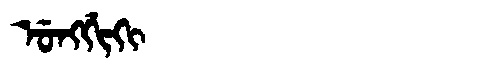
Manchu: ᡠᠩᡤᡳᡴᡳ
Romanization: UNGGIKI